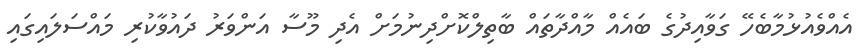
އެއްވެއުޅުމާބެހޭ ގަވާއިދުގެ ބައެއް މާއްދާތައް ބާތިލްކޮށްދިނުމަށް އެދި މޫސާ އަންވަރު ދައުވާކުރި މައްސަލައިގައި